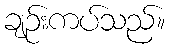
ချဉ်းကပ်သည်။